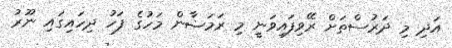
އަދި މި ދަރުސްތަށް ރޭވިފައިވަނީ މި ރަމަޟާން މަހުގެ ފަހު ދިހައިގައި ނޫރު